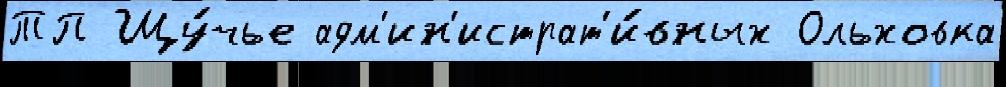
ТП Щу́чье адм'ин'истрат'и́вных Ольховка